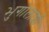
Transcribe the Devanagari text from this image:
भुगोलाशी